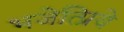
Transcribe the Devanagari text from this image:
भजेत्प्रिये